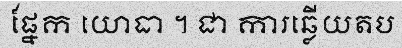
ផ្នែក យោធា ។ ជា ការឆ្លើយតប